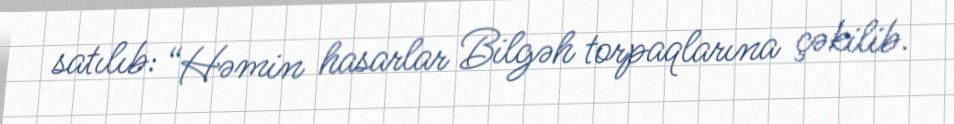
satılıb: “Həmin hasarlar Bilgəh torpaqlarına çəkilib.